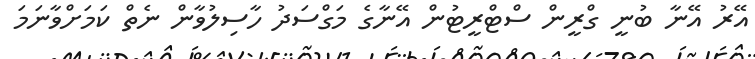
އޭރު އޭނާ ބުނީ ގްރީން ސްޓްރީޓުން އޭނާގެ މަގްސަދު ހާސިލުވާން ނެތް ކަމަށްވާނަމަ